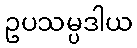
ဥပသမ္ပဒါယ